Civil Veterinary Dept. Bombay admin report 1932-41 - 1932-1941
Year: 1932
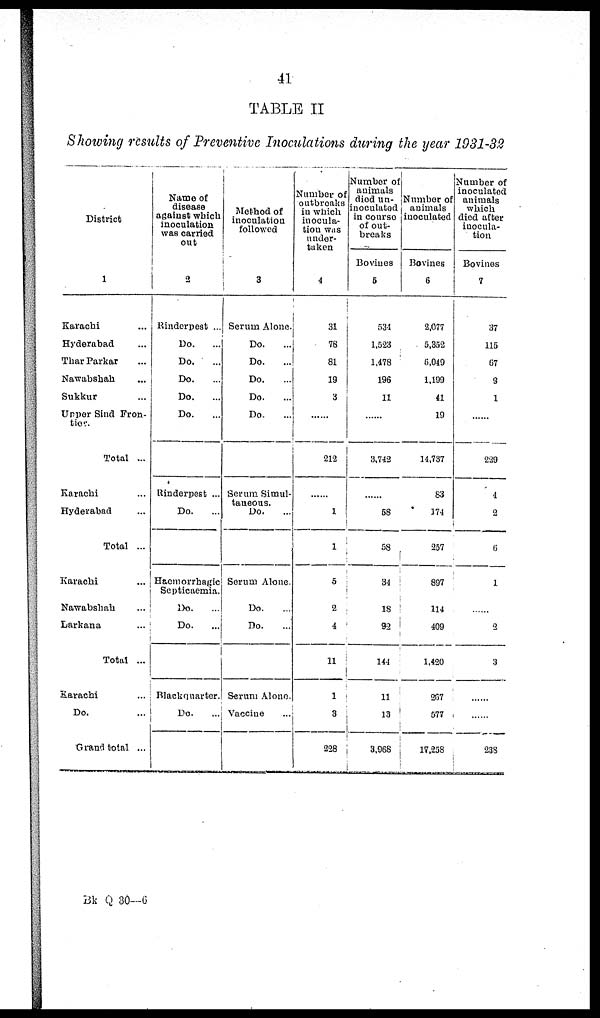
41
TABLE II
Showing results of Preventive Inoculations during the year 1931-32
District
1
Karachi ...
Hyderabad ...
Thar Parkar ...
Nawabshah ...
Sukkur ...
Uppor Sind Fron-
ties.
Total ...
Karachi ...
Hyderabad ...
Total ...
Karachi ...
Nawabshah ...
Larkana ...
Total ...
Karachi ...
Do. ...
Grand total ...
Name of
disease
against which
inoculation
was carried
out
2
Rinderpest ...
Do. ...
Do. ...
Do. ...
Do. ...
Do. ...
Rinderpest ...
Do. ...
Haemorrhagic
Septicaemia,
Do. ...
Do. ...
Blackquarter.
Do. ...
Method of
inoculation
followed
3
Serum Alone.
Do. ...
Do. ...
Do. ...
Do. ...
Do. ...
Serum Simul-
taneous.
Do. ...
Serum Alone.
Do. ...
Do. ...
Serum Alone.
Vaccine ...
Number of
outbreaks
in which
inocula-
tion was
under-
taken
4
31
78
81
19
3
......
212
......
1
1
5
2
4
11
1
3
228
Number of
animals
died un-
inoculated
in course
of out-
breaks
Bovines
5
534
1,523
1,478
196
11
......
3,742
......
58
58
34
18
92
144
11
13
3,968
Number of
animals
inoculated
Bovines
6
2,077
5,352
6,049
1,199
41
19
14,737
83
174
257
897
114
409
1,420
267
577
17,258
Number of
inoculated
animals
which
died after
inocula-
tion
Bovines
7
37
115
67
9
1
......
229
4
2
6
1
......
2
3
......
......
238
Bk Q 30—6